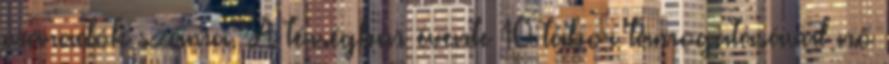
maradók száma. A térségben évente 10 tábor támogatásával nő